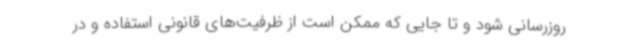
روزرسانی شود و تا جایی که ممکن است از ظرفیت‌های قانونی استفاده و در